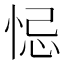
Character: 𢚁